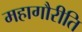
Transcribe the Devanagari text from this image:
महागौरीति